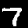
Label: 7